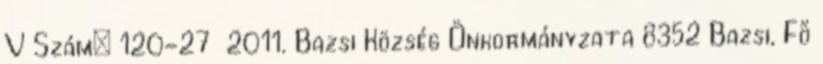
V Szám: 120-27 2011. Bazsi Község Önkormányzata 8352 Bazsi, Fő